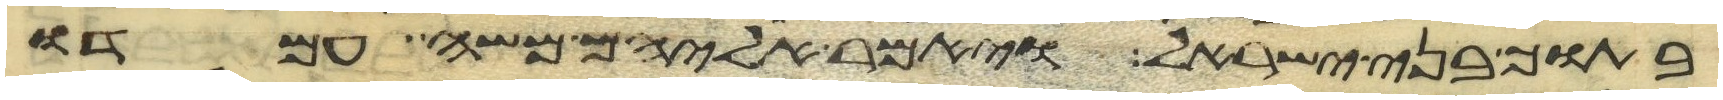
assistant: בתוך בני ישראל ויאמר אליהם משה עמדו